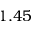
1 . 4 5